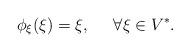
LaTeX: \begin{align*} \phi_\xi(\xi) = \xi,\;\;\;\;\; \forall \xi\in V^*. \end{align*}